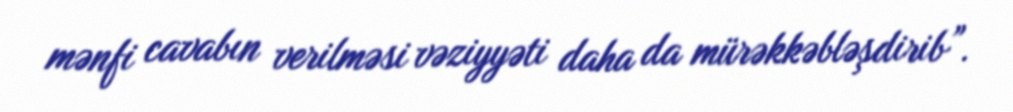
mənfi cavabın verilməsi vəziyyəti daha da mürəkkəbləşdirib”.